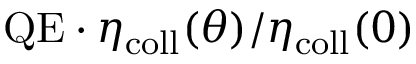
\mathrm { Q E } \cdot \eta _ { \mathrm { c o l l } } ( \theta ) / \eta _ { \mathrm { c o l l } } ( 0 )